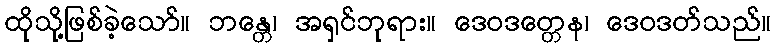
ထိုသို့ဖြစ်ခဲ့သော်။ ဘန္တေ၊ အရှင်ဘုရား။ ဒေဝဒတ္တေန၊ ဒေဝဒတ်သည်။